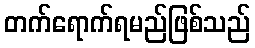
တက်ရောက်ရမည်ဖြစ်သည်